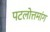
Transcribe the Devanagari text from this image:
पटलोत्तमांग